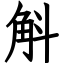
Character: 斛